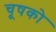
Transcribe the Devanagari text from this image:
चूषको